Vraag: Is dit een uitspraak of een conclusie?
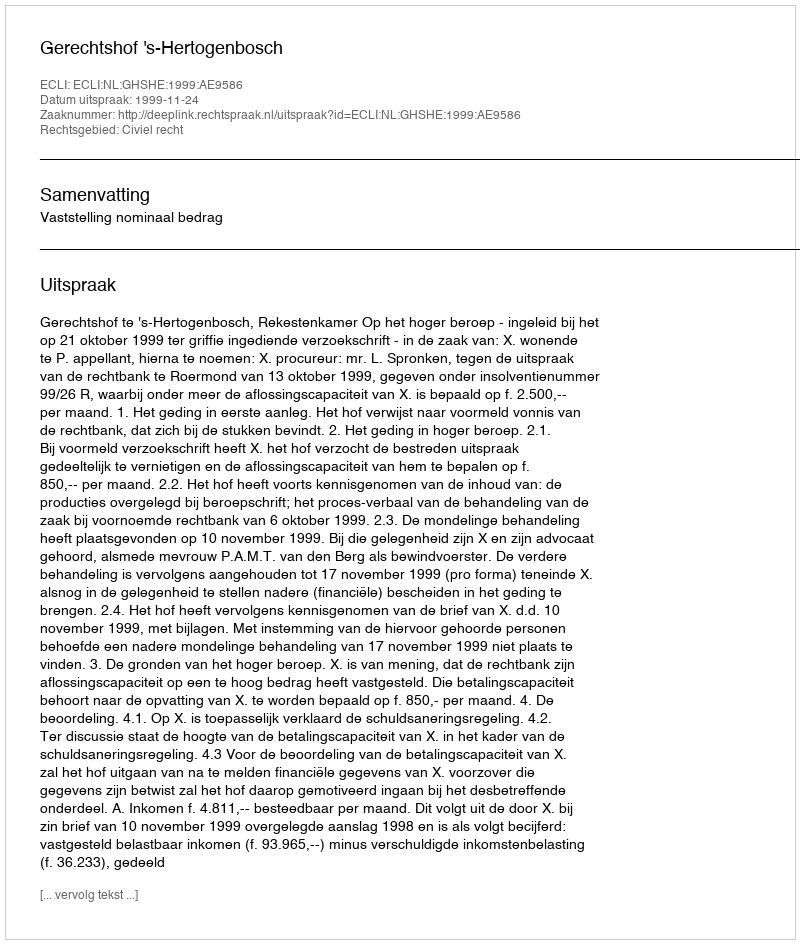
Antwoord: Uitspraak